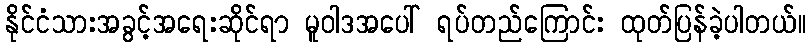
နိုင်ငံသားအခွင့်အရေးဆိုင်ရာ မူဝါဒအပေါ် ရပ်တည်ကြောင်း ထုတ်ပြန်ခဲ့ပါတယ်။